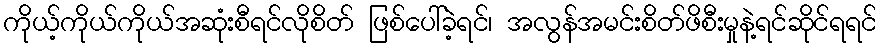
ကိုယ့်ကိုယ်ကိုယ်အဆုံးစီရင်လိုစိတ် ဖြစ်ပေါ်ခဲ့ရင်၊ အလွန်အမင်းစိတ်ဖိစီးမှုနဲ့ရင်ဆိုင်ရရင်